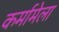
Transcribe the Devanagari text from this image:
कर्मामेला